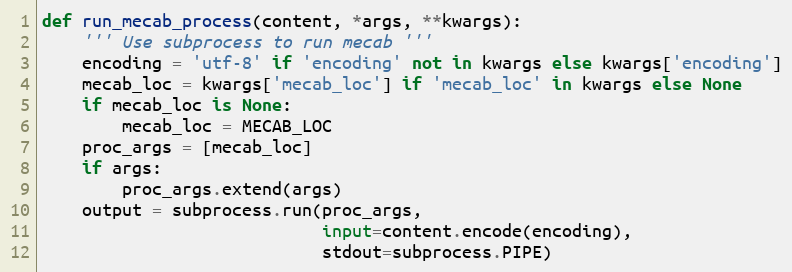
Language: Python
def run_mecab_process(content, *args, **kwargs):
    ''' Use subprocess to run mecab '''
    encoding = 'utf-8' if 'encoding' not in kwargs else kwargs['encoding']
    mecab_loc = kwargs['mecab_loc'] if 'mecab_loc' in kwargs else None
    if mecab_loc is None:
        mecab_loc = MECAB_LOC
    proc_args = [mecab_loc]
    if args:
        proc_args.extend(args)
    output = subprocess.run(proc_args,
                            input=content.encode(encoding),
                            stdout=subprocess.PIPE)